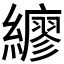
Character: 𦆲